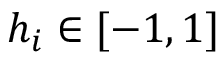
h _ { i } \in [ - 1 , 1 ]